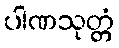
ပါဏသုတ္တံ